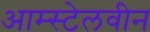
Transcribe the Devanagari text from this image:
आम्स्टेलवीन